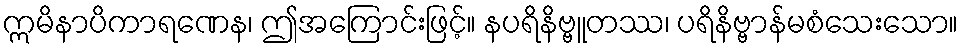
ဣမိနာပိကာရဏေန၊ ဤအကြောင်းဖြင့်။ နပရိနိဗ္ဗူတဿ၊ ပရိနိဗ္ဗာန်မစံသေးသော။